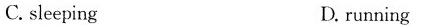
C.sleeping D.running